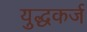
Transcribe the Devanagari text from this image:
युद्धकर्ज